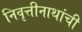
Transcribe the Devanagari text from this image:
निवृत्तीनाथांची